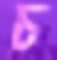
চ